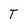
Character: T